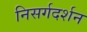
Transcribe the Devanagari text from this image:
निसर्गदर्शन